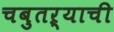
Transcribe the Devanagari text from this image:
चबुतऱ्याची